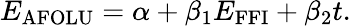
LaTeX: E_{\mathrm{AFOLU}}=\alpha+\beta_{1}E_{\mathrm{FFI}}+\beta_{2}t.